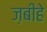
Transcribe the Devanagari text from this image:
ज़बीहे